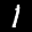
Label: 1